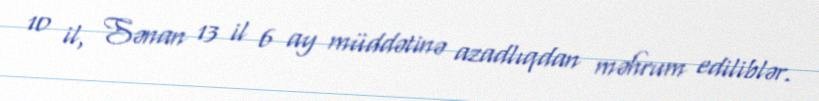
10 il, Sənan 13 il 6 ay müddətinə azadlıqdan məhrum ediliblər.